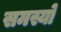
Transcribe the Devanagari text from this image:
समस्यो